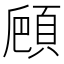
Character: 𩒒